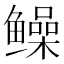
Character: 𫚫